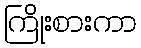
ကြိုးစားကာ